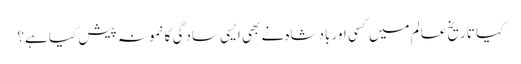
کیا تاریخ عالم میں کسی اور بادشاہ نے بھی ایسی سادگی کا نمونہ پیش کیا ہے؟